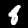
Digit: 8